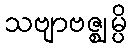
သဗျာဗဇ္ဈမ္ပိ